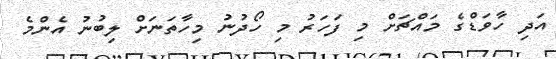
އަދި ހާވަޑްގެ މައްޗަށް މި ފަހަރު މި ހޯދުނު މިހާތަނަށް ލިބުނު އެންމެ